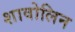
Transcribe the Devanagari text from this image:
शावोलिन